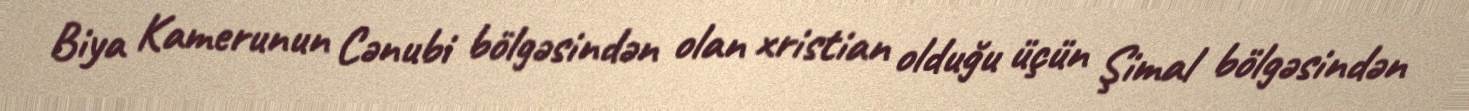
Biya Kamerunun Cənubi bölgəsindən olan xristian olduğu üçün Şimal bölgəsindən